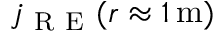
j _ { \mathrm { ~ R ~ E ~ } } ( r \approx 1 \ensuremath { \, \mathrm { m } } )